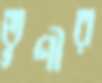
তূণীর